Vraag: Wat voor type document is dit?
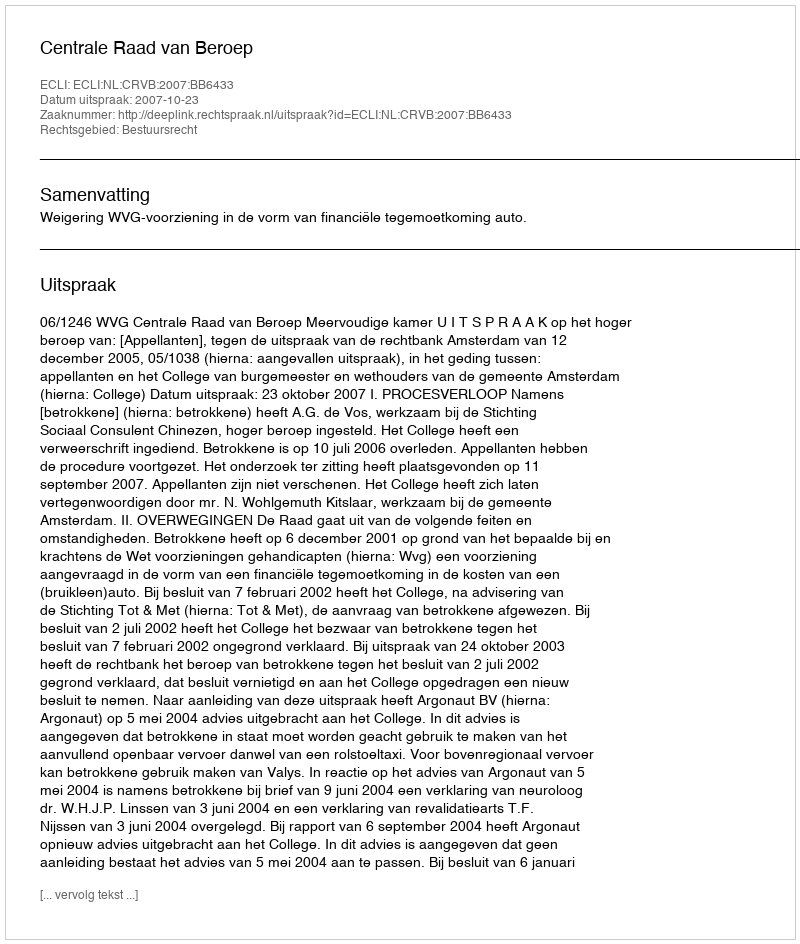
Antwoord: Uitspraak